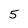
Character: 5